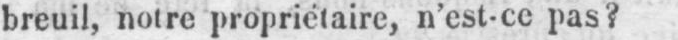
breuil, noire propriétaire, n’est-ce pas?